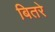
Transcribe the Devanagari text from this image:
बितरे